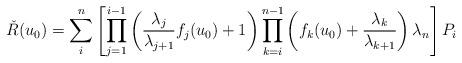
LaTeX: \begin{align*} \check{R}(u_0) = \sum_{i}^{n}\left[ \prod_{j=1} ^{i-1} \left( \frac{\lambda_j}{\lambda_{j+1}} f_j(u_0) +1 \right) \prod_{k=i} ^{n-1} \left( f_k(u_0) + \frac{\lambda_k}{\lambda_{k+1}}\right) \lambda_n \right] P_i\end{align*}